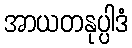
အာယတနုပ္ပါဒံ